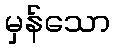
မှန်သော